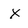
Character: X